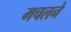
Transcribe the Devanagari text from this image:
मचलने